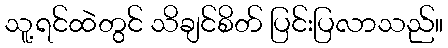
သူ့ရင်ထဲတွင် သိချင်စိတ် ပြင်းပြလာသည်။